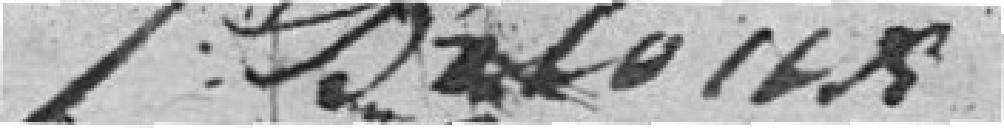
BALOIS